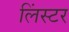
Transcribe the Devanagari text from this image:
लिंस्टर